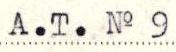
A.T. No 9